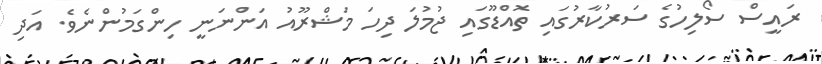
ރައީސް ސޯލިހުގެ ސަރުކާރުގައި ތޮއްޑޫގައި ޖުމުލަ ދިހަ މަޝްރޫއު އަންނަނީ ހިންގަމުންނެވެ. އަދި